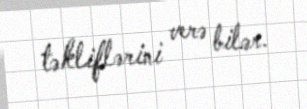
təkliflərini verə bilər.